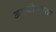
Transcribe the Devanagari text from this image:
अन्थोफ्यता